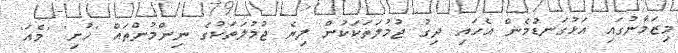
މިޒަމާނުގައި އަޅުގަނޑުމެން އެހައި ދިގު ޖުމުލަތަކަކުން ލިޔެ ޖުމުލަތަކުގެ ނިންމުންތައް 'ހުށި' 'މެއަ'